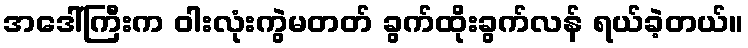
အဒေါ်ကြီးက ဝါးလုံးကွဲမတတ် ခွက်ထိုးခွက်လန် ရယ်ခဲ့တယ်။